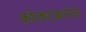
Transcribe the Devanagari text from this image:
कोल्हटकरांचा